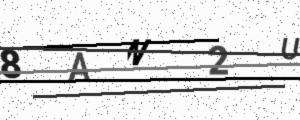
Text: 8AN2U